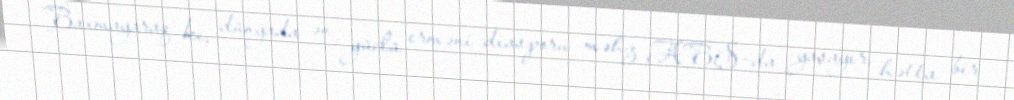
Baxmayaraq ki, dünyada ən güclü erməni diasporu məhz ABŞ-da yaşayır, hətta bir